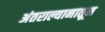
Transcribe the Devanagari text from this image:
अंतराल्यानातून